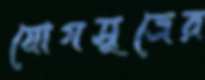
যোগসূত্রের